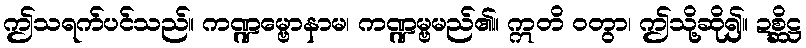
ဤသရက်ပင်သည်။ ကဏ္ဍမ္ဗောနာမ၊ ကဏ္ဍမ္ဗမည်၏။ ဣတိ ဝတွာ၊ ဤသို့ဆို၍။ ဍစ္ဆိဋ္ဌ